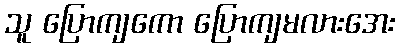
သူ ပြောကျကော ပြောကျမလားအေး